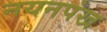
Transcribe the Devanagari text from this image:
नयनपंख